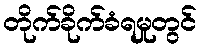
တိုက်ခိုက်ခံရမှုတွင်